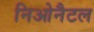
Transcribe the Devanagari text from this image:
निओनैटल